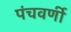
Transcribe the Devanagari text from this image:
पंचवर्णी